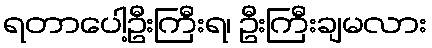
ရတာပေါ့ဦးကြီးရ၊ ဦးကြီးချမလား